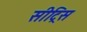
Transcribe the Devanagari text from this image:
सीट्रिस